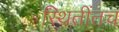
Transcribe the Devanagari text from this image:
स्थितींतच